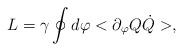
LaTeX: \begin{align*}L=\gamma\oint d\varphi <\partial_\varphi Q \dot Q>,\end{align*}